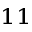
^ { 1 1 }